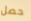
حصل